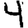
Digit: 4